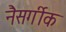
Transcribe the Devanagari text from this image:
नैसर्गीक